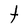
Character: t